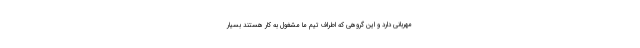
مهربانی دارد و این گروهی که اطراف تیم ما مشغول به کار هستند بسیار